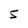
Character: 5